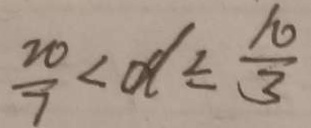
\frac { 2 0 } { 7 } < d \leq \frac { 1 0 } { 3 }